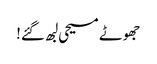
جھوٹے مسیحی لبھ گئے!